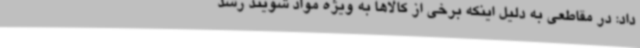
داد: در مقاطعی به دلیل اینکه برخی از کالاها به ویژه مواد شویند رشد